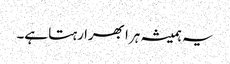
یہ ہمیشہ ہرا بھرا رہتا ہے۔